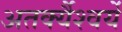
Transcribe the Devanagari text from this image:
अतर्क्यैश्वर्ये